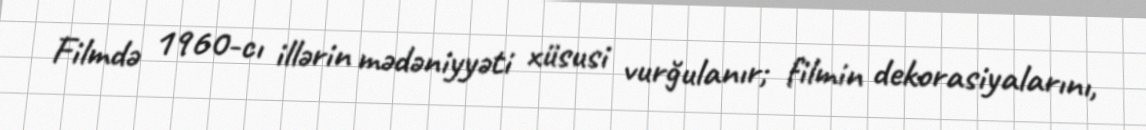
Filmdə 1960-cı illərin mədəniyyəti xüsusi vurğulanır; filmin dekorasiyalarını,